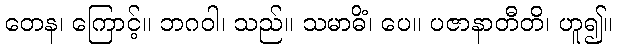
တေန၊ ကြောင့်။ ဘဂဝါ၊ သည်။ သမာဓိံ၊ ပေ။ ပဇာနာတီတိ၊ ဟူ၍။